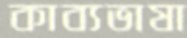
কাব্যভাষা